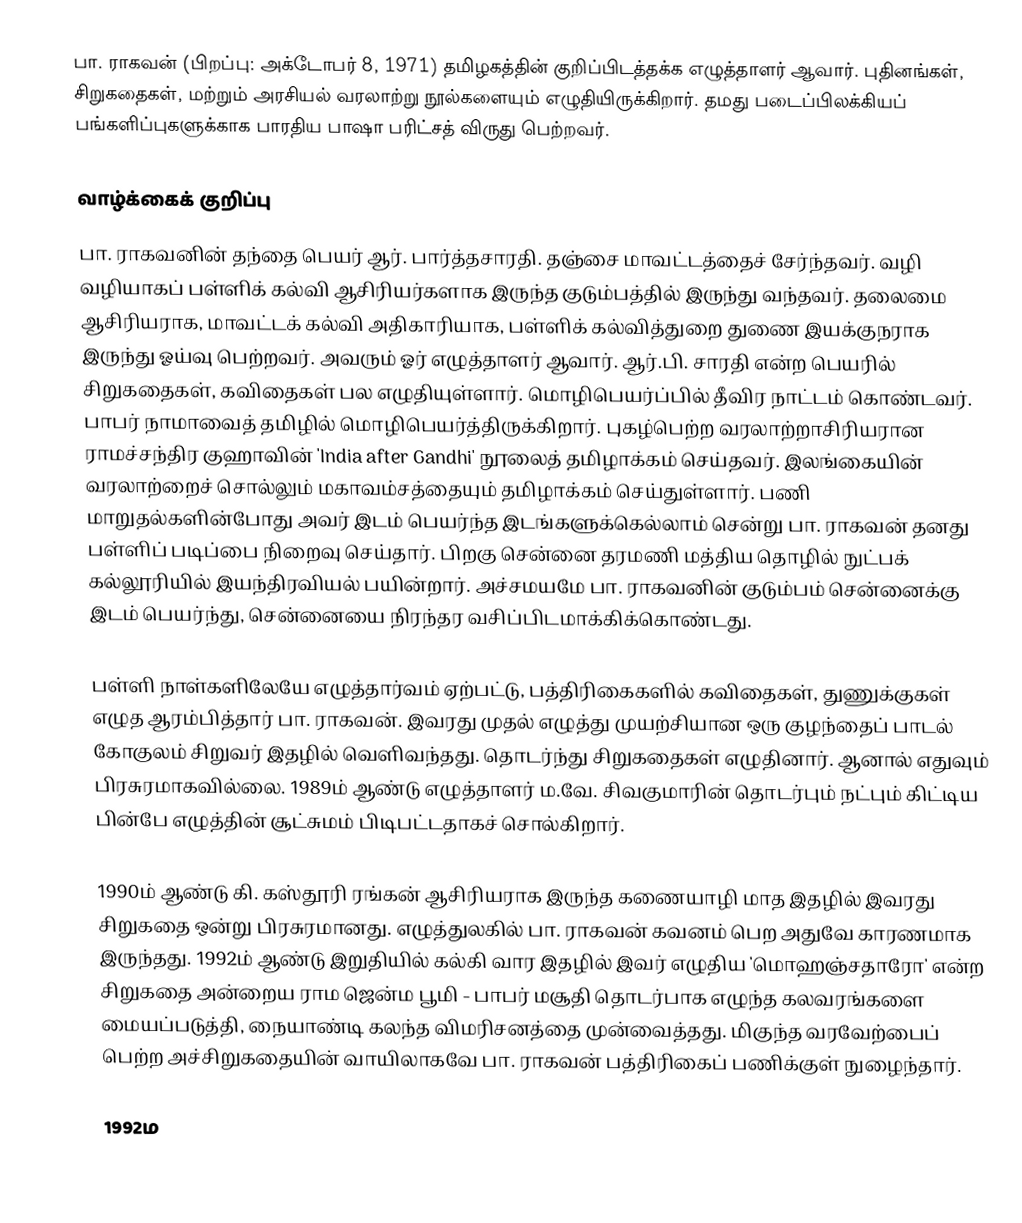
பா. ராகவன் (பிறப்பு: அக்டோபர் 8, 1971) தமிழகத்தின் குறிப்பிடத்தக்க எழுத்தாளர் ஆவார். புதினங்கள், சிறுகதைகள், மற்றும் அரசியல் வரலாற்று நூல்களையும் எழுதியிருக்கிறார். தமது படைப்பிலக்கியப் பங்களிப்புகளுக்காக பாரதிய பாஷா பரிட்சத் விருது பெற்றவர்.

வாழ்க்கைக் குறிப்பு
பா. ராகவனின் தந்தை பெயர் ஆர். பார்த்தசாரதி. தஞ்சை மாவட்டத்தைச் சேர்ந்தவர். வழி வழியாகப் பள்ளிக் கல்வி ஆசிரியர்களாக இருந்த குடும்பத்தில் இருந்து வந்தவர். தலைமை ஆசிரியராக, மாவட்டக் கல்வி அதிகாரியாக, பள்ளிக் கல்வித்துறை துணை இயக்குநராக இருந்து ஓய்வு பெற்றவர். அவரும் ஓர் எழுத்தாளர் ஆவார். ஆர்.பி. சாரதி என்ற பெயரில் சிறுகதைகள், கவிதைகள் பல எழுதியுள்ளார். மொழிபெயர்ப்பில் தீவிர நாட்டம் கொண்டவர். பாபர் நாமாவைத் தமிழில் மொழிபெயர்த்திருக்கிறார். புகழ்பெற்ற வரலாற்றாசிரியரான ராமச்சந்திர குஹாவின் 'India after Gandhi' நூலைத் தமிழாக்கம் செய்தவர். இலங்கையின் வரலாற்றைச் சொல்லும் மகாவம்சத்தையும் தமிழாக்கம் செய்துள்ளார். பணி மாறுதல்களின்போது அவர் இடம் பெயர்ந்த இடங்களுக்கெல்லாம் சென்று பா. ராகவன் தனது பள்ளிப் படிப்பை நிறைவு செய்தார். பிறகு சென்னை தரமணி மத்திய தொழில் நுட்பக் கல்லூரியில் இயந்திரவியல் பயின்றார். அச்சமயமே பா. ராகவனின் குடும்பம் சென்னைக்கு இடம் பெயர்ந்து, சென்னையை நிரந்தர வசிப்பிடமாக்கிக்கொண்டது.

பள்ளி நாள்களிலேயே எழுத்தார்வம் ஏற்பட்டு, பத்திரிகைகளில் கவிதைகள், துணுக்குகள் எழுத ஆரம்பித்தார் பா. ராகவன். இவரது முதல் எழுத்து முயற்சியான ஒரு குழந்தைப் பாடல் கோகுலம் சிறுவர் இதழில் வெளிவந்தது. தொடர்ந்து சிறுகதைகள் எழுதினார். ஆனால் எதுவும் பிரசுரமாகவில்லை. 1989ம் ஆண்டு எழுத்தாளர் ம.வே. சிவகுமாரின் தொடர்பும் நட்பும் கிட்டிய பின்பே எழுத்தின் சூட்சுமம் பிடிபட்டதாகச் சொல்கிறார்.

1990ம் ஆண்டு கி. கஸ்தூரி ரங்கன் ஆசிரியராக இருந்த கணையாழி மாத இதழில் இவரது சிறுகதை ஒன்று பிரசுரமானது. எழுத்துலகில் பா. ராகவன் கவனம் பெற அதுவே காரணமாக இருந்தது. 1992ம் ஆண்டு இறுதியில் கல்கி வார இதழில் இவர் எழுதிய 'மொஹஞ்சதாரோ' என்ற சிறுகதை அன்றைய ராம ஜென்ம பூமி - பாபர் மசூதி தொடர்பாக எழுந்த கலவரங்களை மையப்படுத்தி, நையாண்டி கலந்த விமரிசனத்தை முன்வைத்தது. மிகுந்த வரவேற்பைப் பெற்ற அச்சிறுகதையின் வாயிலாகவே பா. ராகவன் பத்திரிகைப் பணிக்குள் நுழைந்தார்.

1992ம